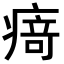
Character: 𭼝